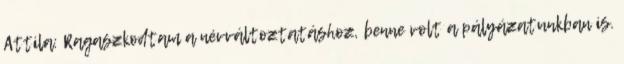
Attila: Ragaszkodtam a névváltoztatáshoz, benne volt a pályázatunkban is.